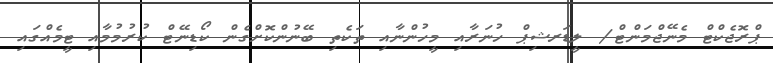
ޕްރޮޖެކްޓް މެނޭޖްމަންޓް/ ލީޑަރޝިޕް ހުނަރާއި މީހުންނާއި ތަކެތި ބޭނުންކޮށްގެން ކޯޑިނޭޓް ކުރުމުމާއި ޓީމެއްގައި